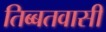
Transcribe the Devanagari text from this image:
तिब्बतवासी